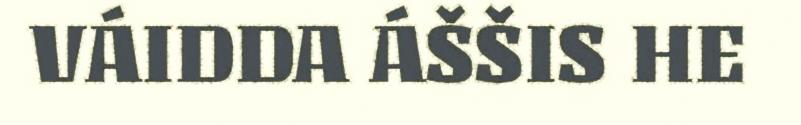
VÁIDDA ÁŠŠIS HE